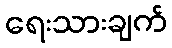
ရေးသားချက်